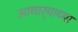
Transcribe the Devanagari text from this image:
आचार्‍याच्या